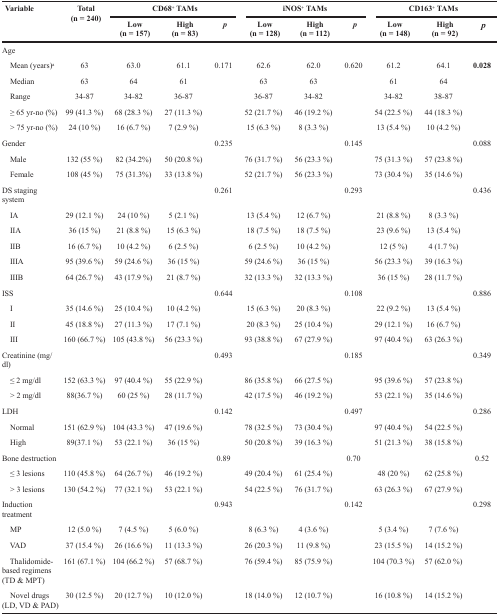
<table><thead><tr><td rowspan="2"><b>Variable</b></td><td rowspan="2"><b>Total (n = 240)</b></td><td colspan="3"><b>CD68<sup>+</sup> TAMs</b></td><td colspan="3"><b>iNOS<sup>+</sup> TAMs</b></td><td colspan="3"><b>CD163<sup>+</sup> TAMs</b></td></tr><tr><td><b>Low (n = 157)</b></td><td><b>High (n = 83)</b></td><td><b><i>p</i></b></td><td><b>Low (n = 128)</b></td><td><b>High (n = 112)</b></td><td><b><i>p</i></b></td><td><b>Low (n = 148)</b></td><td><b>High (n = 92)</b></td><td><b><i>p</i></b></td></tr></thead><tbody><tr><td>Age</td><td></td><td></td><td></td><td></td><td></td><td></td><td></td><td></td><td></td><td></td></tr><tr><td> Mean (years)<sup>a</sup></td><td>63</td><td>63.0</td><td>61.1</td><td>0.171</td><td>62.6</td><td>62.0</td><td>0.620</td><td>61.2</td><td>64.1</td><td><b>0.028</b></td></tr><tr><td> Median</td><td>63</td><td>64</td><td>61</td><td></td><td>63</td><td>63</td><td></td><td>61</td><td>64</td><td></td></tr><tr><td> Range</td><td>34-87</td><td>34-82</td><td>36-87</td><td></td><td>36-87</td><td>34-82</td><td></td><td>34-82</td><td>38-87</td><td></td></tr><tr><td> ≥ 65 yr-no (%)</td><td>99 (41.3 %)</td><td>68 (28.3 %)</td><td>27 (11.3 %)</td><td></td><td>52 (21.7 %)</td><td>46 (19.2 %)</td><td></td><td>54 (22.5 %)</td><td>44 (18.3 %)</td><td></td></tr><tr><td> &gt; 75 yr-no (%)</td><td>24 (10 %)</td><td>16 (6.7 %)</td><td>7 (2.9 %)</td><td></td><td>15 (6.3 %)</td><td>8 (3.3 %)</td><td></td><td>13 (5.4 %)</td><td>10 (4.2 %)</td><td></td></tr><tr><td>Gender</td><td></td><td></td><td></td><td>0.235</td><td></td><td></td><td>0.145</td><td></td><td></td><td>0.088</td></tr><tr><td> Male</td><td>132 (55 %)</td><td>82 (34.2%)</td><td>50 (20.8 %)</td><td></td><td>76 (31.7 %)</td><td>56 (23.3 %)</td><td></td><td>75 (31.3 %)</td><td>57 (23.8 %)</td><td></td></tr><tr><td> Female</td><td>108 (45 %)</td><td>75 (31.3%)</td><td>33 (13.8 %)</td><td></td><td>52 (21.7 %)</td><td>56 (23.3 %)</td><td></td><td>73 (30.4 %)</td><td>35 (14.6 %)</td><td></td></tr><tr><td>DS staging system</td><td></td><td></td><td></td><td>0.261</td><td></td><td></td><td>0.293</td><td></td><td></td><td>0.436</td></tr><tr><td> IA</td><td>29 (12.1 %)</td><td>24 (10 %)</td><td>5 (2.1 %)</td><td></td><td>13 (5.4 %)</td><td>12 (6.7 %)</td><td></td><td>21 (8.8 %)</td><td>8 (3.3 %)</td><td></td></tr><tr><td> IIA</td><td>36 (15 %)</td><td>21 (8.8 %)</td><td>15 (6.3 %)</td><td></td><td>18 (7.5 %)</td><td>18 (7.5 %)</td><td></td><td>23 (9.6 %)</td><td>13 (5.4 %)</td><td></td></tr><tr><td> IIB</td><td>16 (6.7 %)</td><td>10 (4.2 %)</td><td>6 (2.5 %)</td><td></td><td>6 (2.5 %)</td><td>10 (4.2 %)</td><td></td><td>12 (5 %)</td><td>4 (1.7 %)</td><td></td></tr><tr><td> IIIA</td><td>95 (39.6 %)</td><td>59 (24.6 %)</td><td>36 (15 %)</td><td></td><td>59 (24.6 %)</td><td>36 (15 %)</td><td></td><td>56 (23.3 %)</td><td>39 (16.3 %)</td><td></td></tr><tr><td> IIIB</td><td>64 (26.7 %)</td><td>43 (17.9 %)</td><td>21 (8.7 %)</td><td></td><td>32 (13.3 %)</td><td>32 (13.3 %)</td><td></td><td>36 (15 %)</td><td>28 (11.7 %)</td><td></td></tr><tr><td>ISS</td><td></td><td></td><td></td><td>0.644</td><td></td><td></td><td>0.108</td><td></td><td></td><td>0.886</td></tr><tr><td> I</td><td>35 (14.6 %)</td><td>25 (10.4 %)</td><td>10 (4.2 %)</td><td></td><td>15 (6.3 %)</td><td>20 (8.3 %)</td><td></td><td>22 (9.2 %)</td><td>13 (5.4 %)</td><td></td></tr><tr><td> II</td><td>45 (18.8 %)</td><td>27 (11.3 %)</td><td>17 (7.1 %)</td><td></td><td>20 (8.3 %)</td><td>25 (10.4 %)</td><td></td><td>29 (12.1 %)</td><td>16 (6.7 %)</td><td></td></tr><tr><td> III</td><td>160 (66.7 %)</td><td>105 (43.8 %)</td><td>56 (23.3 %)</td><td></td><td>93 (38.8 %)</td><td>67 (27.9 %)</td><td></td><td>97 (40.4 %)</td><td>63 (26.3 %)</td><td></td></tr><tr><td>Creatinine (mg/dl)</td><td></td><td></td><td></td><td>0.493</td><td></td><td></td><td>0.185</td><td></td><td></td><td>0.349</td></tr><tr><td> ≤ 2 mg/dl</td><td>152 (63.3 %)</td><td>97 (40.4 %)</td><td>55 (22.9 %)</td><td></td><td>86 (35.8 %)</td><td>66 (27.5 %)</td><td></td><td>95 (39.6 %)</td><td>57 (23.8 %)</td><td></td></tr><tr><td> &gt; 2 mg/dl</td><td>88(36.7 %)</td><td>60 (25 %)</td><td>28 (11.7 %)</td><td></td><td>42 (17.5 %)</td><td>46 (19.2 %)</td><td></td><td>53 (22.1 %)</td><td>35 (14.6 %)</td><td></td></tr><tr><td>LDH</td><td></td><td></td><td></td><td>0.142</td><td></td><td></td><td>0.497</td><td></td><td></td><td>0.286</td></tr><tr><td> Normal</td><td>151 (62.9 %)</td><td>104 (43.3 %)</td><td>47 (19.6 %)</td><td></td><td>78 (32.5 %)</td><td>73 (30.4 %)</td><td></td><td>97 (40.4 %)</td><td>54 (22.5 %)</td><td></td></tr><tr><td> High</td><td>89(37.1 %)</td><td>53 (22.1 %)</td><td>36 (15 %)</td><td></td><td>50 (20.8 %)</td><td>39 (16.3 %)</td><td></td><td>51 (21.3 %)</td><td>38 (15.8 %)</td><td></td></tr><tr><td>Bone destruction</td><td></td><td></td><td></td><td>0.89</td><td></td><td></td><td>0.70</td><td></td><td></td><td>0.52</td></tr><tr><td> ≤ 3 lesions</td><td>110 (45.8 %)</td><td>64 (26.7 %)</td><td>46 (19.2 %)</td><td></td><td>49 (20.4 %)</td><td>61 (25.4 %)</td><td></td><td>48 (20 %)</td><td>62 (25.8 %)</td><td></td></tr><tr><td> &gt; 3 lesions</td><td>130 (54.2 %)</td><td>77 (32.1 %)</td><td>53 (22.1 %)</td><td></td><td>54 (22.5 %)</td><td>76 (31.7 %)</td><td></td><td>63 (26.3 %)</td><td>67 (27.9 %)</td><td></td></tr><tr><td>Induction treatment</td><td></td><td></td><td></td><td>0.943</td><td></td><td></td><td>0.142</td><td></td><td></td><td>0.298</td></tr><tr><td> MP</td><td>12 (5.0 %)</td><td>7 (4.5 %)</td><td>5 (6.0 %)</td><td></td><td>8 (6.3 %)</td><td>4 (3.6 %)</td><td></td><td>5 (3.4 %)</td><td>7 (7.6 %)</td><td></td></tr><tr><td> VAD</td><td>37 (15.4 %)</td><td>26 (16.6 %)</td><td>11 (13.3 %)</td><td></td><td>26 (20.3 %)</td><td>11 (9.8 %)</td><td></td><td>23 (15.5 %)</td><td>14 (15.2 %)</td><td></td></tr><tr><td> Thalidomide-based regimens (TD &amp; MPT)</td><td>161 (67.1 %)</td><td>104 (66.2 %)</td><td>57 (68.7 %)</td><td></td><td>76 (59.4 %)</td><td>85 (75.9 %)</td><td></td><td>104 (70.3 %)</td><td>57 (62.0 %)</td><td></td></tr><tr><td> Novel drugs (LD, VD &amp; PAD)</td><td>30 (12.5 %)</td><td>20 (12.7 %)</td><td>10 (12.0 %)</td><td></td><td>18 (14.0 %)</td><td>12 (10.7 %)</td><td></td><td>16 (10.8 %)</td><td>14 (15.2 %)</td><td></td></tr></tbody></table>